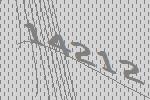
14212